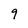
Character: 9